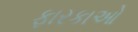
ફારકાઓ